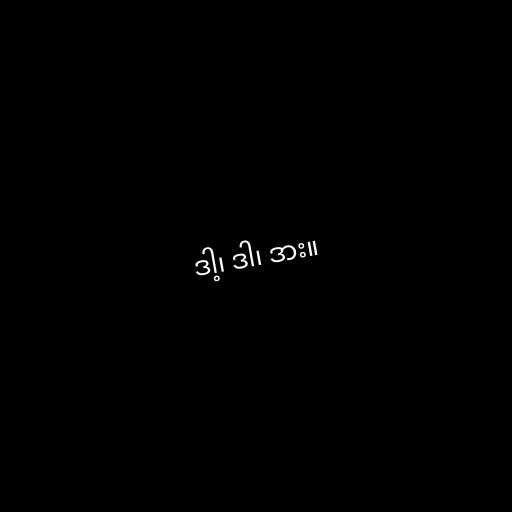
ဒါ့၊ ဒါ၊ ဒား။